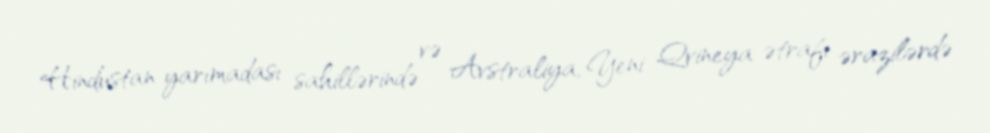
Hindustan yarımadası sahillərində və Avstraliya, Yeni Qvineya ətrafı ərazilərdə